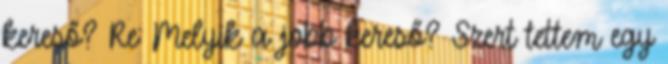
kereső? Re: Melyik a jobb kereső? Szert tettem egy